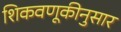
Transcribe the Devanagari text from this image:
शिकवणूकीनुसार